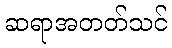
ဆရာအတတ်သင်